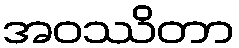
အဝဿိတာ